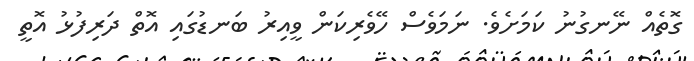
ގޮތެއް ނޭނގުނު ކަމަށެވެ. ނަމަވެސް ހޭވެރިކަން ވީއިރު ބަނޑުގައި އޮތް ދަރިފުޅު އޮތީ